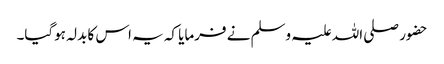
حضور صلی اللہ علیہ وسلم نے فرمایا کہ یہ اس کا بدلہ ہوگیا۔